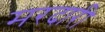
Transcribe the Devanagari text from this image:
मरदारी